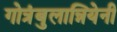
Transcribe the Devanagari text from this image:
गोत्रंबुलान्नियेनी